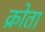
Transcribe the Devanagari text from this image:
क्रोता